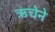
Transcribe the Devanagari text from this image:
ऋचेने